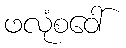
ဖလုံစဝေါ်